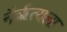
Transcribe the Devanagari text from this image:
नैर्ॠत्यला